Civil Veterinary Department. Madras. Admin. report 1926-33 - 1926-1933
Year: 1926
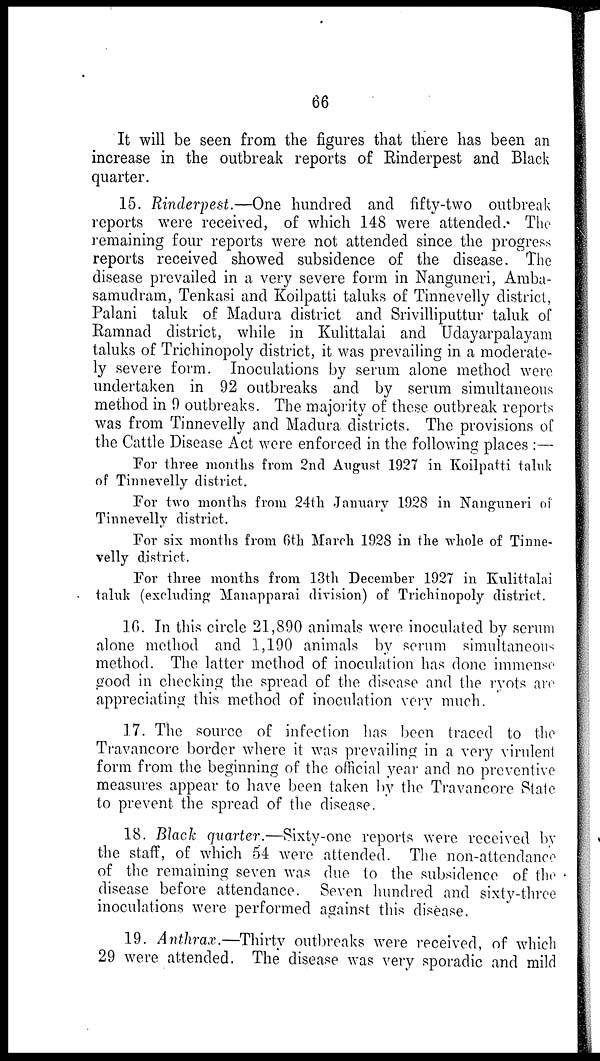
66
It will be seen from the figures that there has been an
increase in the outbreak reports of Rinderpest and Black
quarter.
15. Rinderpest.—One hundred and fifty-two outbreak
reports were received, of which 148 were attended. The
remaining four reports were not attended since the progress
reports received showed subsidence of the disease. The
disease prevailed in a very severe form in Nanguneri, Amba-
samudram, Tenkasi and Koilpatti taluks of Tinnevelly district,
Palani taluk of Madura district and Srivilliputtur taluk of
Ramnad district, while in Kulittalai and Udayarpalayam
taluks of Trichinopoly district, it was prevailing in a moderate-
ly severe form. Inoculations by serum alone method were
undertaken in 92 outbreaks and by serum simultaneous
method in 9 outbreaks. The majority of these outbreak reports
was from Tinnevelly and Madura districts. The provisions of
the Cattle Disease Act were enforced in the following places :—
For three months from 2nd August 1927 in Koilpatti taluk
of Tinnevelly district.
For two months from 24th January 1928 in Nanguneri of
Tinnevelly district.
For six months from 6th March 1928 in the whole of Tinne-
velly district.
For three months from 13th December 1927 in Kulittalai
taluk (excluding Manapparai division) of Trichinopoly district.
16. In this circle 21,890 animals were inoculated by serum
alone method and 1,190 animals by serum simultaneous
method. The latter method of inoculation has done immense
good in checking the spread of the disease and the ryots are
appreciating this method of inoculation very much.
17. The source of infection has been traced to the
Travancore border where it was prevailing in a very virulent
form from the beginning of the official year and no preventive
measures appear to have been taken by the Travancore State
to prevent the spread of the disease.
18. Black quarter.—Sixty-one reports were received by
the staff, of which 54 were attended. The non-attendance
of the remaining seven was due to the subsidence of the
disease before attendance. Seven hundred and sixty-three
inoculations were performed against this disease.
19. Anthrax.—Thirty outbreaks were received, of which
29 were attended. The disease was very sporadic and mild